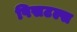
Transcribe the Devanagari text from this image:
पिसटल्स